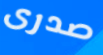
صدرى